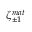
\zeta _ { \pm 1 } ^ { m a t }